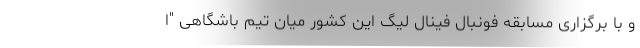
و با برگزاری مسابقه فونبال فینال لیگ این کشور میان تیم باشگاهی "ا